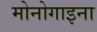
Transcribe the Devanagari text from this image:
मोनोगाइना